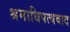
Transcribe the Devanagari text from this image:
श्रमाधिपत्यवाद